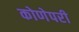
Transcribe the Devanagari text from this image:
कोणेपरी